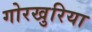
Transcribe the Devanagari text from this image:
गोरखुरिया